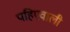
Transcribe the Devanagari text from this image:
पहिएवाली